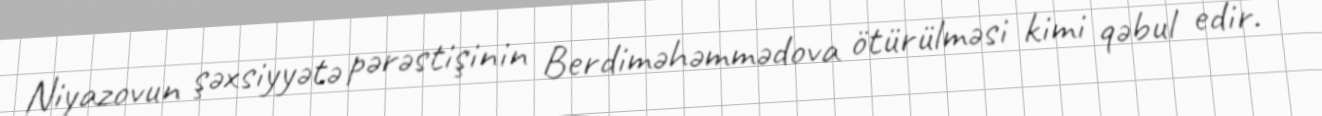
Niyazovun şəxsiyyətə pərəstişinin Berdiməhəmmədova ötürülməsi kimi qəbul edir.